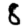
Digit: 8